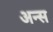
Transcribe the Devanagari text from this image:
अन्स